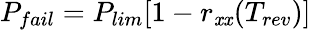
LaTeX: P_{fail}=P_{lim}[1-r_{\mathit{x}\mathit{x}}(T_{rev})]